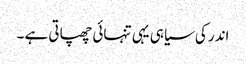
اندر کی سیاہی یہی تنہائی چھپاتی ہے ۔